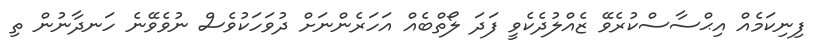
ފިނިކަމެއް އިޙްސާސްކުރެވޭ ޒެއްލުދެކެވީ ފަދަ ލޯތްބެއް އަހަރެންނަށް ދުވަހަކުވެސް ނުވެވޭނެ ހަނދާނުން ތި